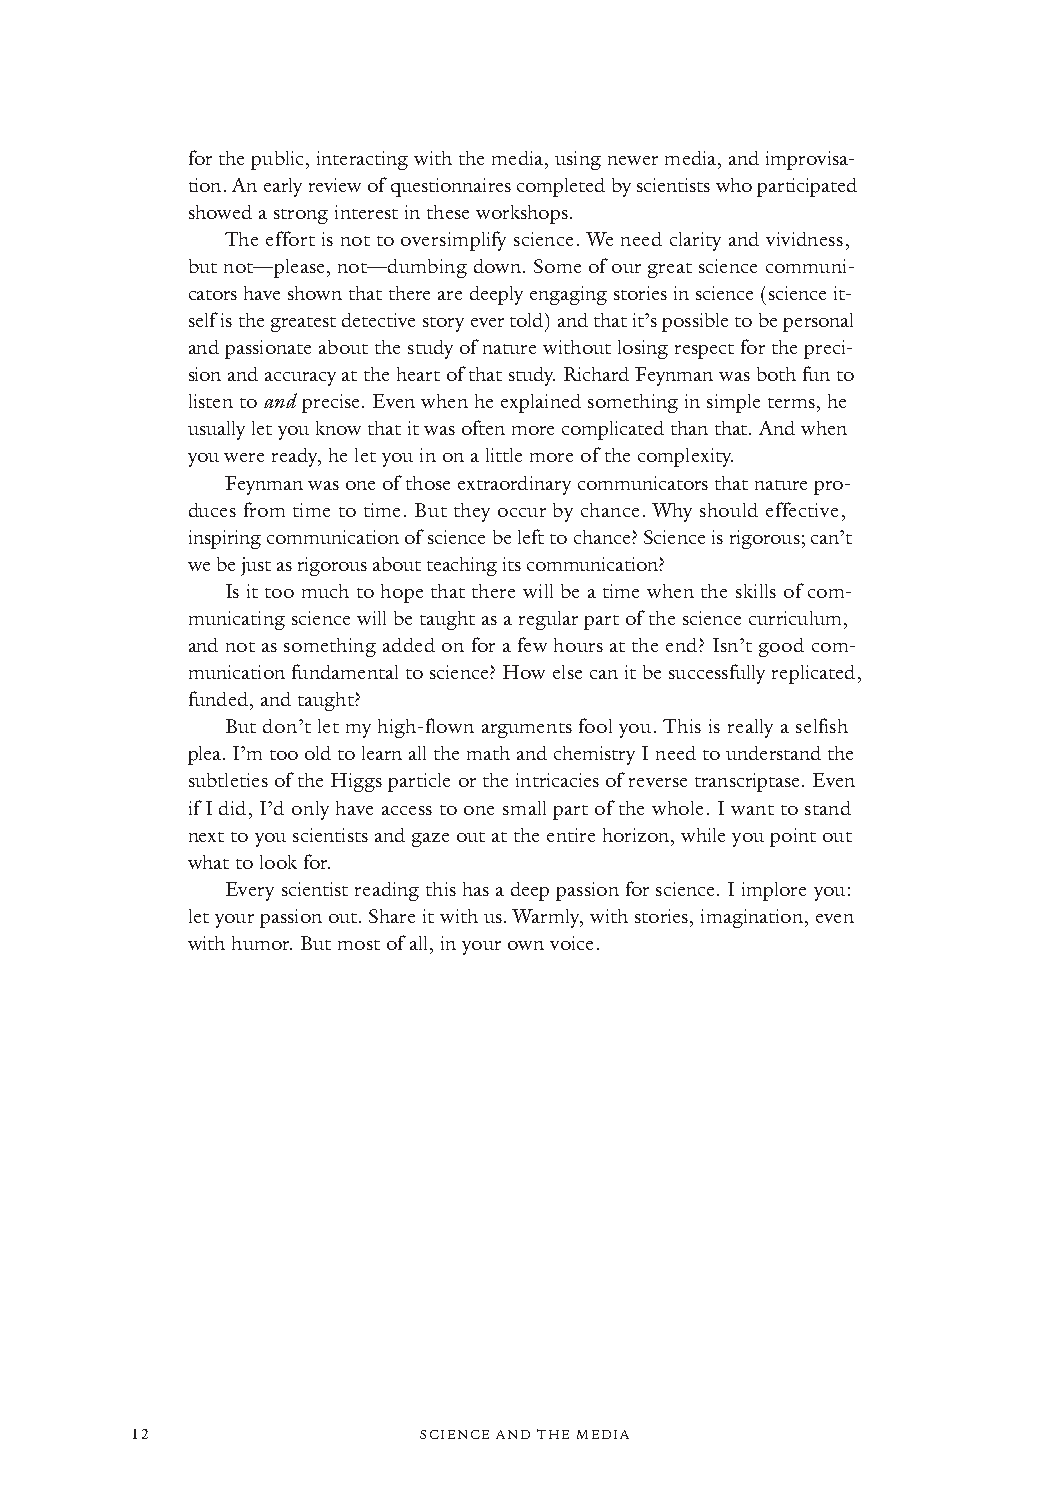
for the public, interacting with the media, using newer media, and improvisa-
 tion. An early review of questionnaires completed by scientists who participated
 showed a strong interest in these workshops.
 The effort is not to oversimplify science. We need clarity and vividness,
 but not—please, not—dumbing down. Some of our great science communi-
 cators have shown that there are deeply engaging stories in science (science it-
 self is the greatest detective story ever told) and that it’s possible to be personal
 and passionate about the study of nature without losing respect for the preci-
 sion and accuracy at the heart of that study. Richard Feynman was both fun to
 listen to andprecise. Even when he explained something in simple terms, he
 usually let you know that it was often more complicated than that. And when
 you were ready, he let you in on a little more of the complexity.
 Feynman was one of those extraordinary communicators that nature pro-
 duces from time to time. But they occur by chance. Why should effective,
 inspiring communication of science be left to chance? Science is rigorous; can’t
 we be just as rigorous about teaching its communication?
 Is it too much to hope that there will be a time when the skills of com-
 municating science will be taught as a regular part of the science curriculum,
 and not as something added on for a few hours at the end? Isn’t good com-
 munication fundamental to science? How else can it be successfully replicated,
 funded,and taught?
 But don’t let my high-flown arguments fool you. This is really a selfish
 plea. I’m too old to learn all the math and chemistry I need to understand the
 subtleties of the Higgs particle or the intricacies of reverse transcriptase. Even
 if I did, I’d only have access to one small part of the whole. I want to stand
 next to you scientists and gaze out at the entire horizon, while you point out
 what to look for.
 Every scientist reading this has a deep passion for science. I implore you:
 let your passion out. Share it with us. Warmly, with stories, imagination, even
 with humor. But most of all, in your own voice.
 12                 SSCCIIEENNCCEE AANNDD TTHHEE MMEEDDIIAA